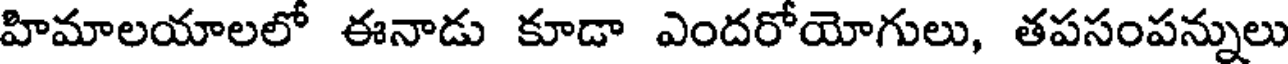
హిమాలయాలలో ఈనాడు కూడా ఎందరోయోగులు, తపసంపన్నులు